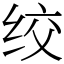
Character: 绞